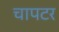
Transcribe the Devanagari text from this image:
चापटर